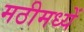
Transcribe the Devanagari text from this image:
मठीमध्यें